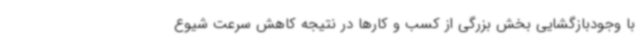
با وجودبازگشایی بخش بزرگی از کسب و کارها در نتیجه کاهش سرعت شیوع